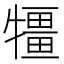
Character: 㹔